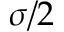
\sigma / 2